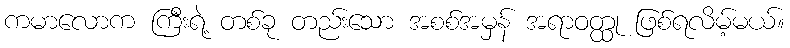
ကမာလောက ကြီးရဲ့ တစ်ခု တည်းသော အစစ်အမှန် အရာဝတ္ထု ဖြစ်ရလိမ့်မယ်။